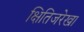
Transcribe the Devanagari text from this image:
क्षितिजरेखा